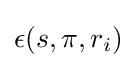
\epsilon (s,\pi ,r_{i})